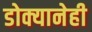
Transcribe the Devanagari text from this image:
डोक्यानेही